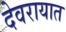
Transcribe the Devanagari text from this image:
देवरायात